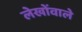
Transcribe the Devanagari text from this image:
लेखोंवाले